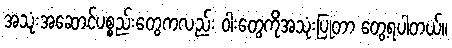
အသုံးအဆောင်ပစ္စည်းတွေကလည်း ဝါးတွေကိုအသုံးပြုတာ တွေ့ရပါတယ်။